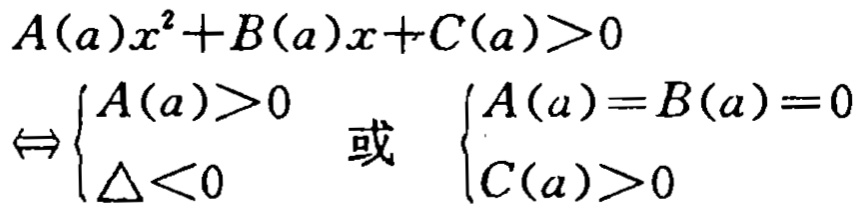
\[
\begin{align*}
A(a)x^{2}+B(a)x + C(a)&>0\\
\Leftrightarrow&\begin{cases}
A(a)>0\\
\Delta<0
\end{cases}
\text{ 或 }
\begin{cases}
A(a)=B(a)=0\\
C(a)>0
\end{cases}
\end{align*}
\]